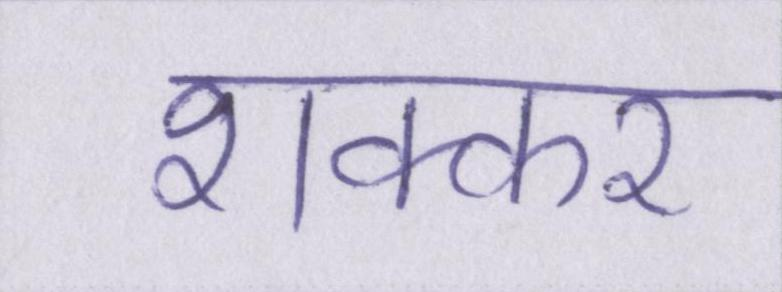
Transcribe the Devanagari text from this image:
शक्कर